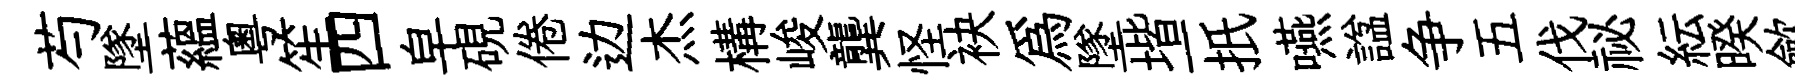
芍墜藴粤笙四皁硯倦边杰構峻龔怪袂為墜堦一扺嚥諡争五伐祕紜暌歛